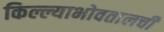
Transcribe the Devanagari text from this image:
किल्ल्याभोवतालची